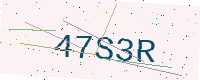
Text: 47S3R